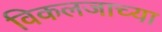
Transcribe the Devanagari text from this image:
विकलजाच्या